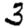
Digit: 3